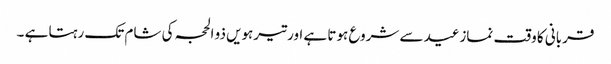
قربانی کا وقت نمازعید سے شروع ہوتا ہے اور تیرہویں ذو الحجہ کی شام تک رہتا ہے ۔